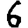
Digit: 6